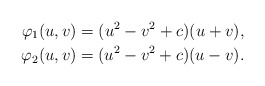
\begin{align*}\varphi_1(u,v)=(u^2-v^2+c)(u+v), \\ \varphi_2(u,v)=(u^2-v^2+c)(u-v).\end{align*}